Annual administration report of the Civil Veterinary Department of India - 1895-1896
Year: 1895
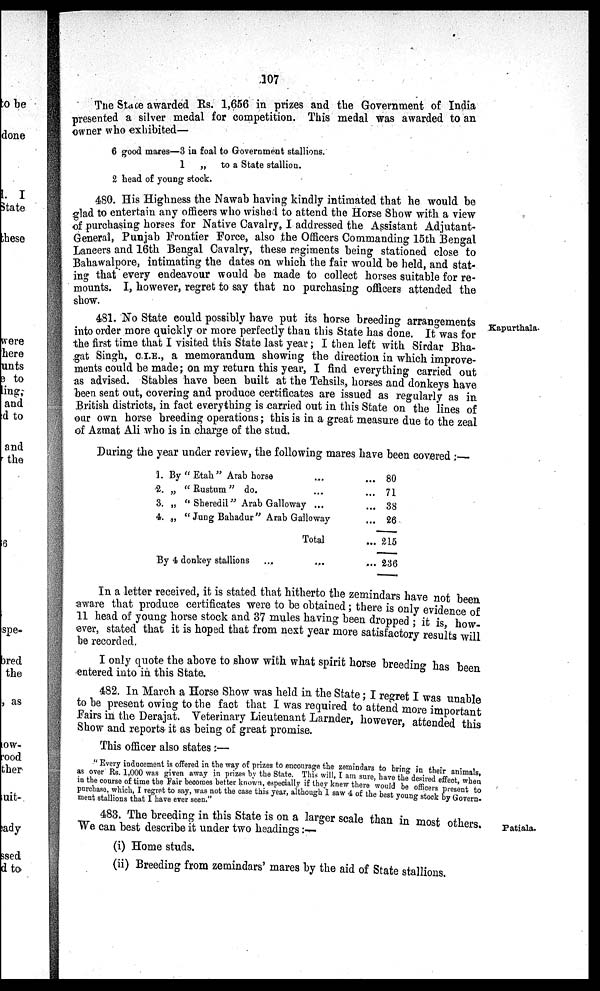
107
The State awarded Rs. 1,656 in prizes and the Government of India
presented a silver medal for competition. This medal was awarded to an
owner who exhibited—
6 good mares—3 in foal to Government stallions.
1
„
to a State stallion.
2 head of young stock.
480. His Highness the Nawab having kindly intimated that he would be
glad to entertain any officers who wished to attend the Horse Show with a view
of purchasing horses for Native Cavalry. I addressed the Assistant Adjutant-
General, Punjab Frontier Force, also the Officers Commanding 15th Bengal
Lancers and 16th Bengal Cavalry, these regiments being stationed close to
Bahawalpore, intimating the dates on which the fair would be held, and stat-
ing that every endeavour would be made to collect horses suitable for re-
mounts. I, however, regret to say that no purchasing officers attended the
show.
Kapurthala.
481. No State could possibly have put its horse breeding arrangements
into order more quickly or more perfectly than this State has done. It was for
the first time that I visited this State last year; I then left with Sirdar Bha-
gat Singh, C.I.E., a memorandum showing the direction in which improve-
ments could be made; on my return this year, I find everything carried out
as advised. Stables have been built at the Tehsils, horses and donkeys have
been sent out, covering and produce certificates are issued as regularly as in
British districts, in fact everything is carried out in this State on the lines of
our own horse breeding operations; this is in a great measure due to the zeal
of Azmat Ali who is in charge of the stud.
During the year under review, the following mares have been covered:—
1. By "Etah" Arab horse ...
2. „ "Rustum" do. ...
3. „ "Sheredil" Arab Galloway ...
4. „ "Jung Bahadur" Arab Galloway
Total
By 4 donkey stallions
...
...
... 80
... 71
... 38
... 26
... 215
... 236
In a letter received, it is stated that hitherto the zemindars have not been
aware that produce certificates were to be obtained; there is only evidence of
11 head of young horse stock and 37 mules having been dropped; it is, how
ever, stated that it is hoped that from next year more satisfactory results will
be recorded.
I only quote the above to show with what spirit horse breeding has been
entered into in this State.
482. In March a Horse Show was held in the State; I regret I was unable
to be present owing to the fact that I was required to attend more important
Fairs in the Derajat. Veterinary Lieutenant Larnder, however attended this
Show and reports it as being of great promise.
This officer also states :—
"Every inducement is offered in the way of prizes to encourage the zemindars to bring in their animals,
as over Rs. 1,000 was given away in prizes by the State.This will, I am sure have the their animals,
in the course of time the Fair becomes better known, especially if they knew there would be officers effect, when
purchase which, I regret to say, was not the case this year, although 1 saw 4 of the best young stock Govern-
ment stallions that I have ever seen."
Patiala.
483. The breeding in this State is on a larger scale than in most others.
We can best describe it under two headings
:—
(i) Home studs.
(ii) Breeding from zemindars' mares by the aid of State stallions.